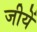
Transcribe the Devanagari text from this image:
जीयें